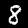
Label: 8